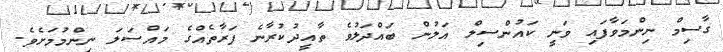
ގާސިމް ނިންމަވާފައި ވަނީ ކައުންސިލް އަލުން ބައްދަލުވެ ތާއީދުކުރާނެ ފަރާތެއްގެ މައްސަލަ ނިންމުމަށެވެ.